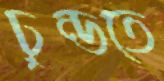
ঢুন্ডতে